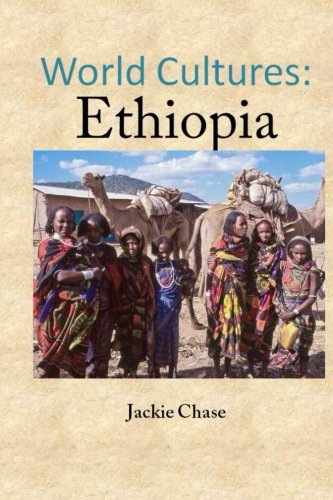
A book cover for World Cutlures: Ethiopia; Jackie Chase; Travel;